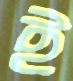
ই